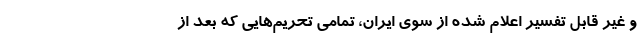
و غیر قابل تفسیر اعلام شده از سوی ایران، تمامی تحریم‌هایی که بعد از